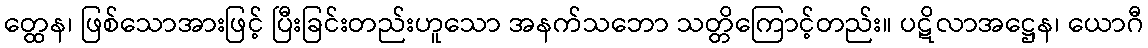
တ္ထေန၊ ဖြစ်သောအားဖြင့် ပြီးခြင်းတည်းဟူသော အနက်သဘော သတ္တိကြောင့်တည်း။ ပဋိလာအဋ္ဌေန၊ ယောဂီ